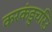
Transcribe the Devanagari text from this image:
करकंडुचरिउ